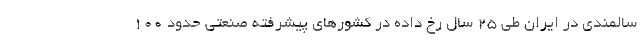
سالمندی در ایران طی ۲۵ سال رخ داده در کشورهای پیشرفته صنعتی حدود ۱۰۰